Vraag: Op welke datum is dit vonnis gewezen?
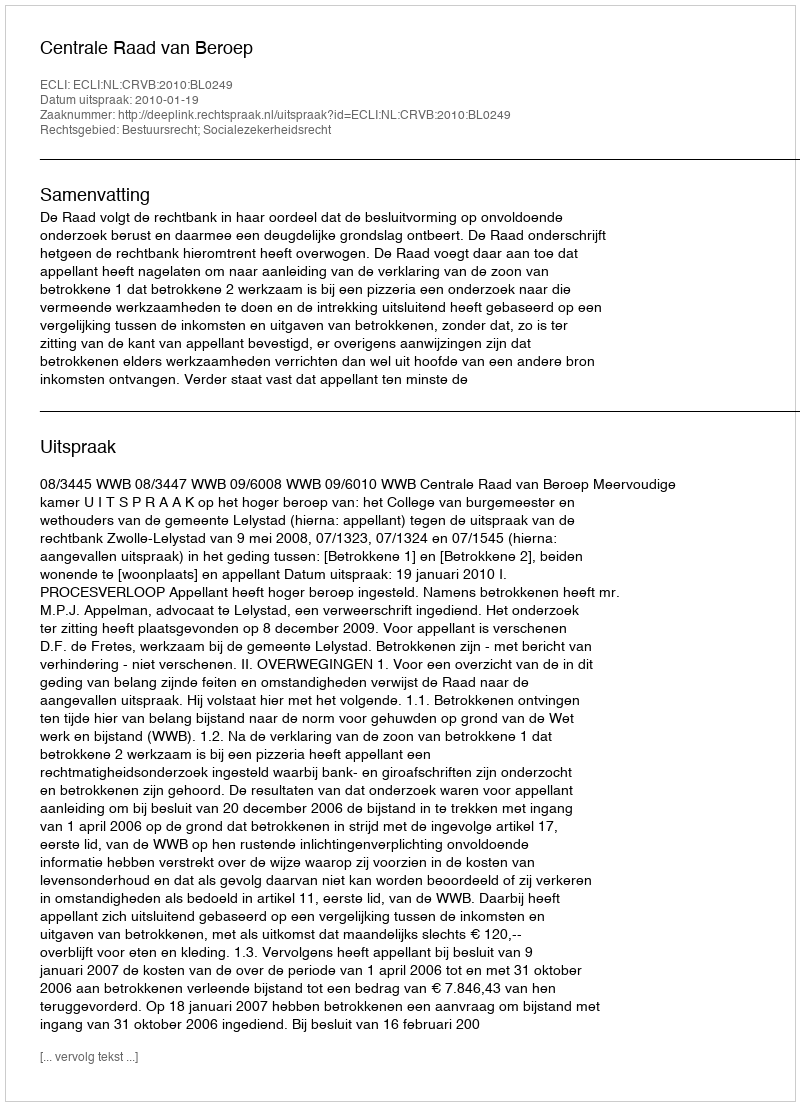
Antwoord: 2010-01-19